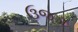
ઉજડા